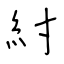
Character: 紂